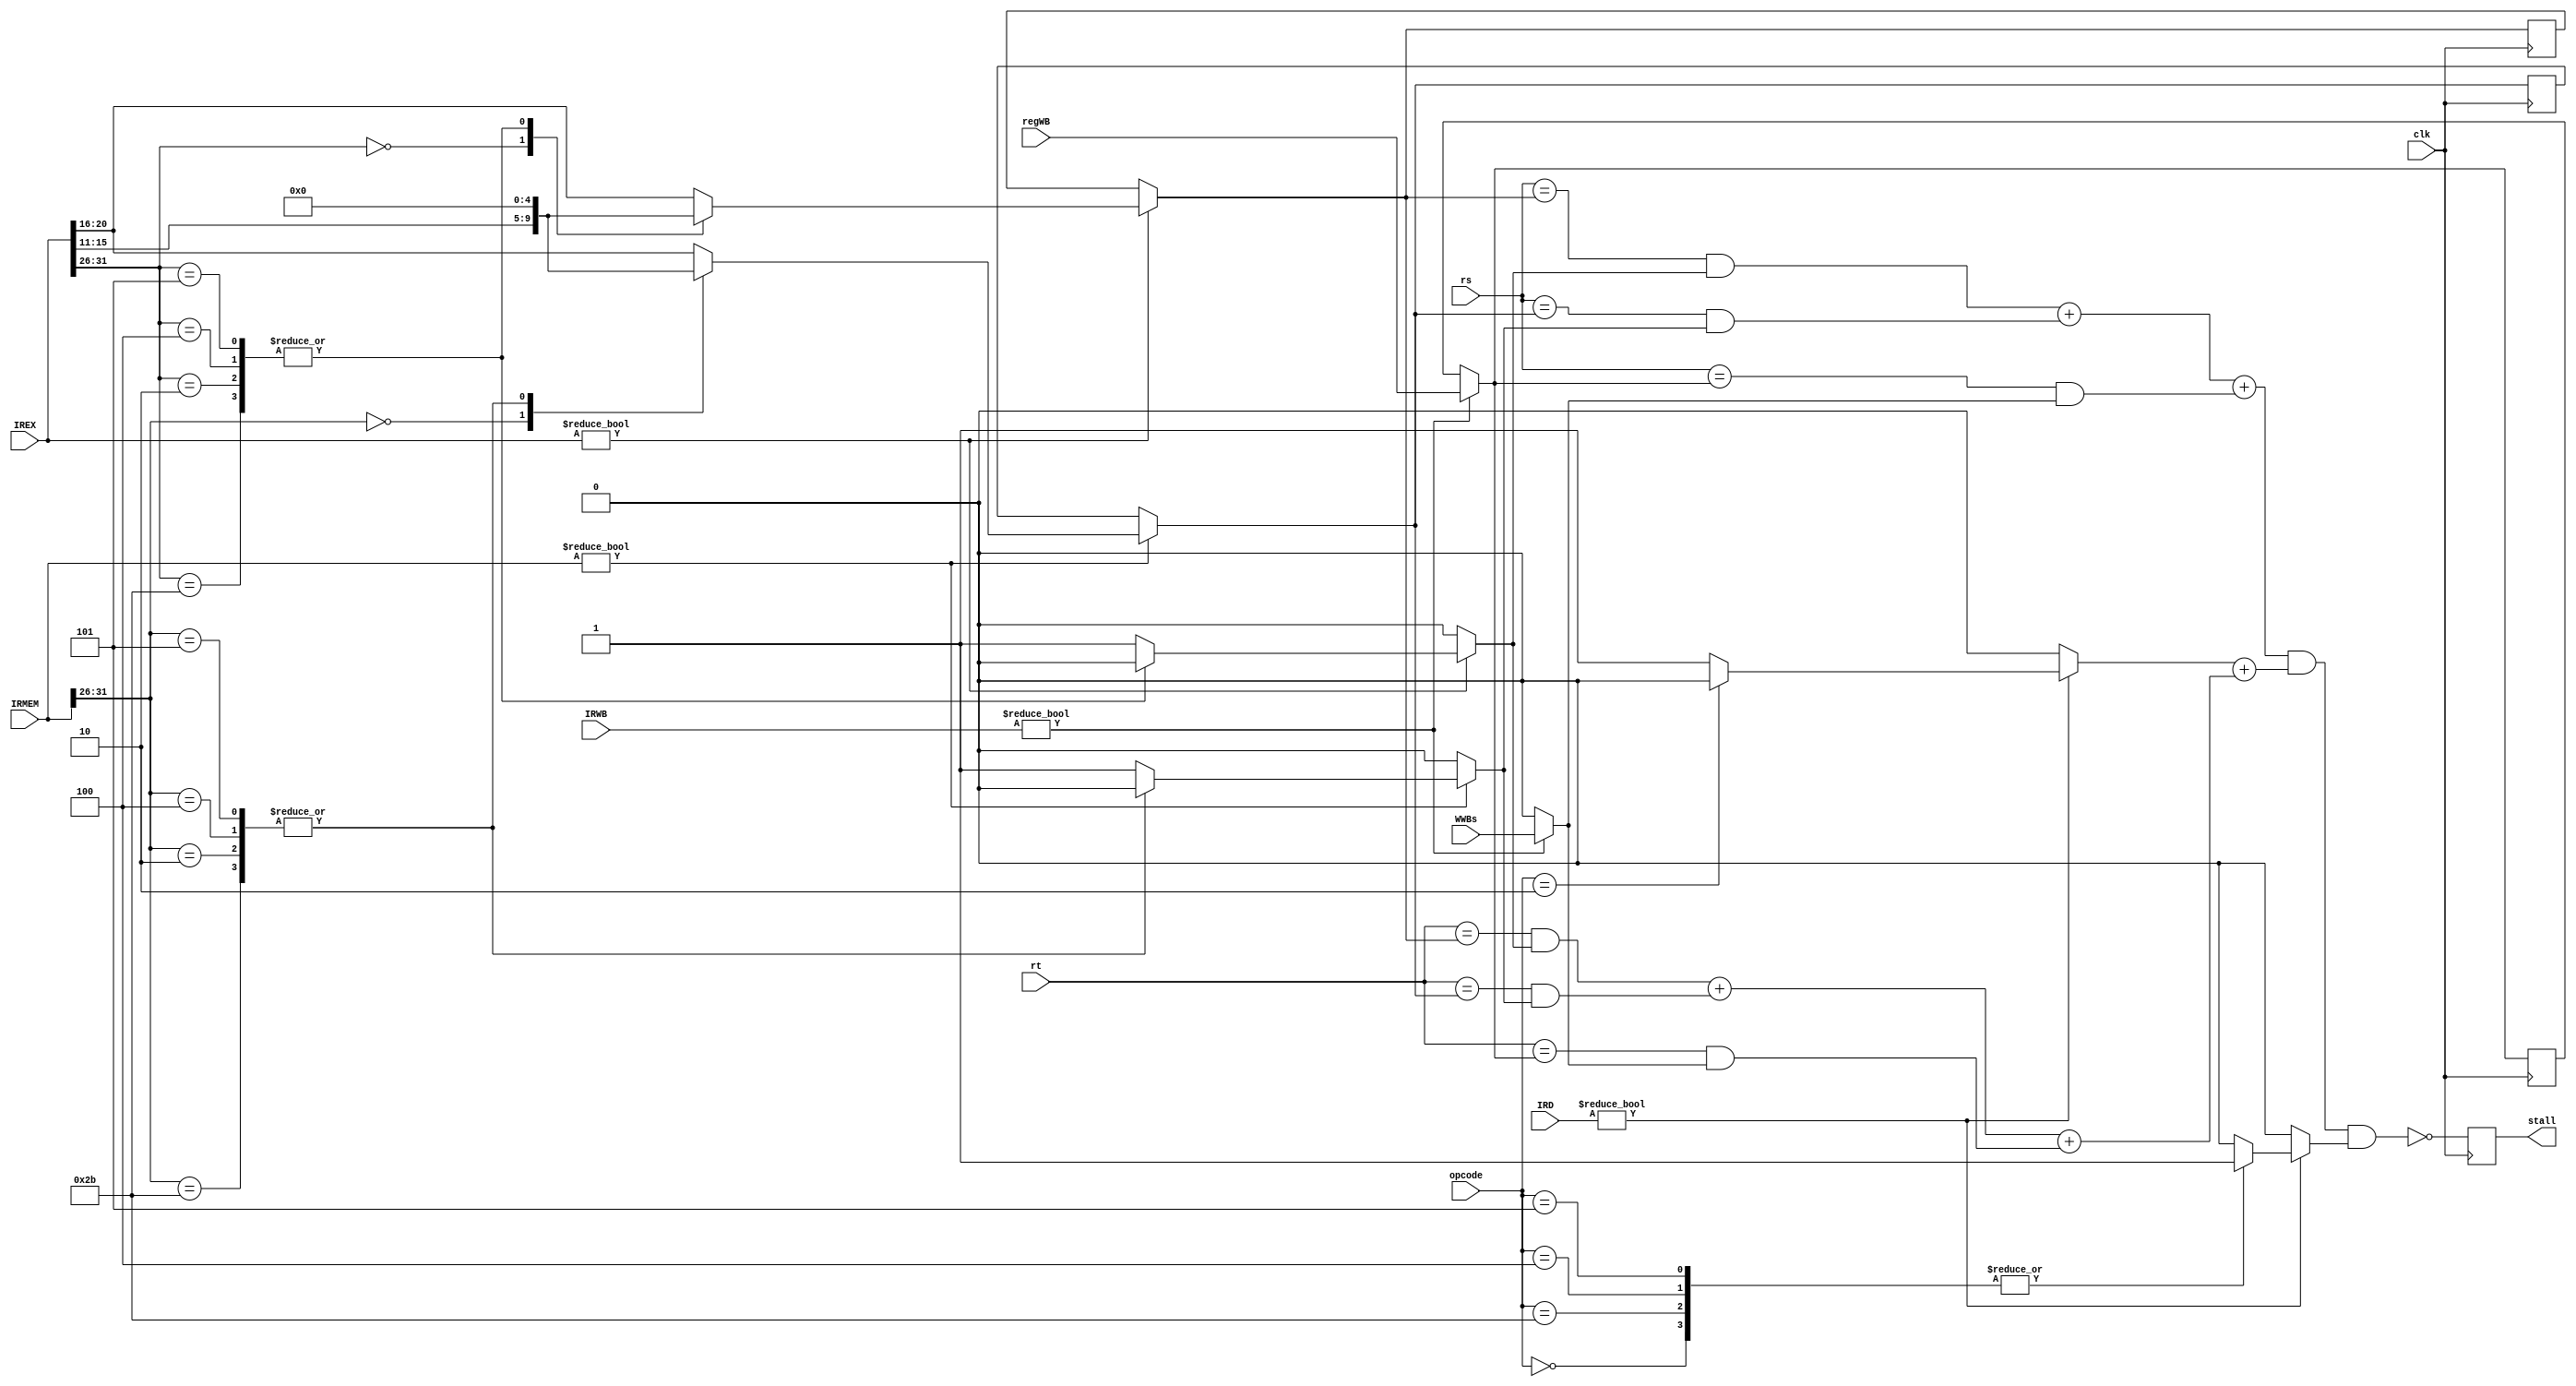
module stallUnit(clk,rs,rt,opcode,IRD,IREX,IRMEM,regWB,WWBs,IRWB,stall);
input clk,WWBs;
input [5:0]opcode;
input [4:0]rs,rt,regWB;
input [31:0]IRD,IREX,IRMEM,IRWB;
output reg stall;
reg we1,we2,we3;
reg [4:0]ws1,ws2,ws3;
reg res,ret;
initial begin
stall=1'b1;
we1=1'b0;
we2=1'b0;
we3=1'b0;
res=1'b0;
ret=1'b0;
end

always @(posedge clk)begin
if(IRD != 32'b0)begin
case(opcode)
//Rtype
6'b0:begin
res=1'b1;
ret=1'b1;
end
6'b100011:begin//lw
res=1'b1;
ret=1'b0;
end
6'b101011:begin//sw
res=1'b1;
ret=1'b1;
end
6'b000010:begin//jump
res=1'b0;
ret=1'b0;
end
6'b100:begin//beq
res=1'b1;
ret=1'b1;
end
6'b101:begin//bne
res=1'b1;
ret=1'b1;
end
default begin//IType
res=1'b1;
ret=1'b0;
end
endcase
end
else begin
res=1'b0;
ret=1'b0;
end

//
if(IREX != 32'b0)begin
case(IREX[31:26])//we1,ws1
//Rtype:opcode 6bit and function 
6'b0:begin
we1=1'b1;
ws1=IREX[15:11];
end		 
6'b100011:begin//lw
we1=1'b1;
ws1=IREX[20:16];
end
6'b101011:begin//sw
we1=1'b0;
ws1=5'b0;
end
6'b000010:begin//jump
we1=1'b0;
ws1=5'b0;
end
6'b100:begin//beq
we1=1'b0;
ws1=5'b0;
end
6'b101:begin//bne
we1=1'b0;
ws1=5'b0;
end
default begin//IType
we1=1'b1;
ws1=IREX[20:16];
end
endcase
end
else begin
we1=1'b0;
end

//
if(IRMEM != 32'b0)begin
case(IRMEM[31:26])//we2,ws2
//Rtype:opcode 6bit and function 6bit
6'b0:begin
we2=1'b1;
ws2=IREX[15:11];
end
6'b100011:begin//lw
we2=1'b1;
ws2=IREX[20:16];
end
6'b101011:begin//sw
we2=1'b0;
ws2=5'b0;
end
6'b000010:begin//jump
we2=1'b0;
ws2=5'b0;
end
6'b100:begin//beq
we2=1'b0;
ws2=5'b0;
end
6'b101:begin//bne
we2=1'b0;
ws2=5'b0;
end
default begin//IType
we2=1'b1;
ws2=IREX[20:16];
end
endcase
end
else begin
we2=1'b0;
end

//
if(IRWB != 32'b0)begin
we3=WWBs;
ws3=regWB;
end
else begin
we3=1'b0;
end
stall=~((((rs==ws1)&we1) + ((rs==ws2)&we2) + ((rs==ws3)&we3))&res + (((rt==ws1)&we1) + ((rt==ws2)&we2) + ((rt==ws3)&we3))&ret);

end
endmodule